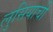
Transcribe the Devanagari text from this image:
लुसियाची